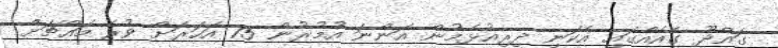
ގައްދޫ ގެއެއްގައި އެކަނި ދިރިއުޅެމުން އަންނަ އުމުރުން 75 އަހަރަށް ވުރެ މައްޗަށް